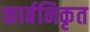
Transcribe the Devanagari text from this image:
कार्बनिकृत